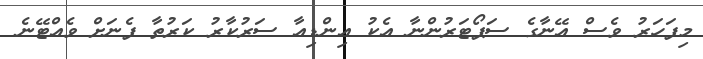
މިފަހަރު ވެސް އޭނާގެ ސަޕޯޓަރުންނާ އެކު އިންޑިއާ ސަރުކާރު ކަރުތާ ފެނަށް ވެއްޓޭނެ